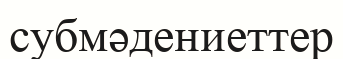
субмәдениеттер